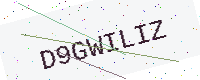
Text: D9GWILIZ